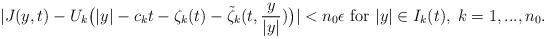
LaTeX: \begin{align*}|J(y,t)-U_k\big(|y|-c_kt-\zeta_k(t)-\tilde\zeta_k(t, \frac{y}{|y|})\big)|<n_0\epsilon \mbox{ for } |y|\in I_k(t),\; k=1,..., n_0.\end{align*}